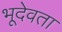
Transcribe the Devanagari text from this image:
भूदेवता